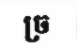
ច្រ